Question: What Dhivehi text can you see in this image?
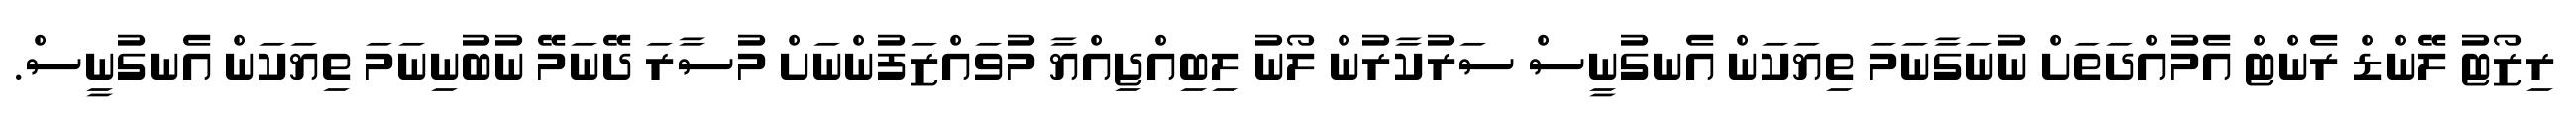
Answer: ރިޒޯޓު ލޭންޑް ރެންޓް އެމުއްދަތަށް ނުނަގާނަމަ ތިޔަކަން އެނގުނީސް ސަރުކާރުން ލޯނު ލިބިއްޖިއްޔާ މުވައްޒަފުންނަށް މުސާރަ ދޭނަމޭ ނުބުނިނަމަ ތިޔަކަން އެނގުނީސް.